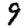
Digit: 9